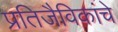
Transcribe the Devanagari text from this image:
प्रतिजैविकांचे